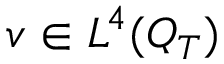
v \in L ^ { 4 } ( Q _ { T } )